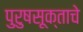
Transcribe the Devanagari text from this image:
पुरुषसूक्ताचे